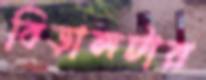
বিড়ালটার